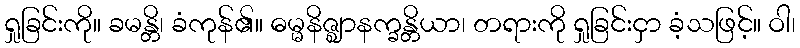
ရှုခြင်းကို။ ခမန္တိ၊ ခံကုန်၏။ ဓမ္မနိဇ္ဈာနက္ခန္တိယာ၊ တရားကို ရှုခြင်းငှာ ခံ့သဖြင့်။ ဝါ၊